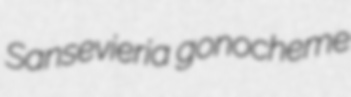
Sansevieria gonocheme